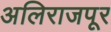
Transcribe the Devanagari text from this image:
अलिराजपूर